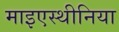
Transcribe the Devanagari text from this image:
माइएस्थीनिया